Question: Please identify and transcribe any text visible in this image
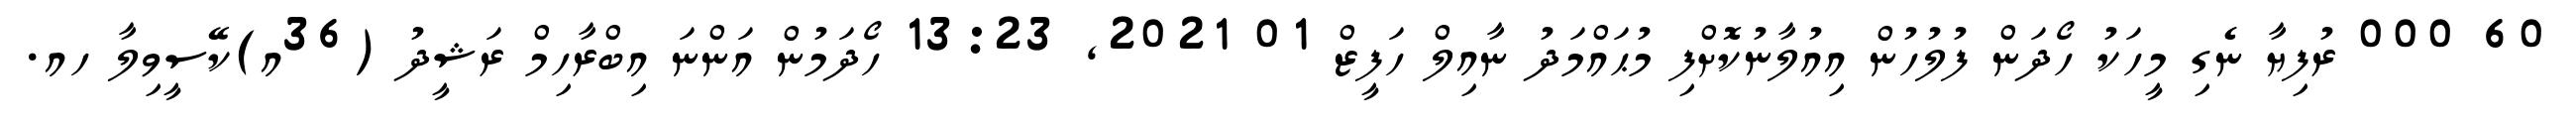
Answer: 60 000 ރުފިޔާ ނެގި މީހަކު ހޯދަން ފުލުހުން އިއުލާނުކޮށްފި މުޙައްމަދު ނާއިލް ހަފީޒް 01 2021, 13:23 ހޯދަމުން އަންނަ އިބްރާހިމް ރަޝީދު (36އ)ކޭސީވިލާ ހއ.